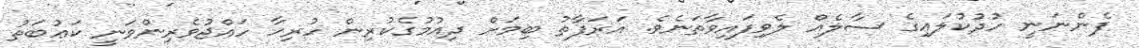
ފެންނަނީ ހުދުކުލައިގެ ސާލެއް ލެވިފައިވާތަނެވެ. އަރަފާތު ބިމަށް ދިއުމުގެކުރިން ހުރިހާ ހައްޖުވެރިންވަނީ ކަޢުބަތު